Burma Government Medical School reports 1923-41
Year: 1923
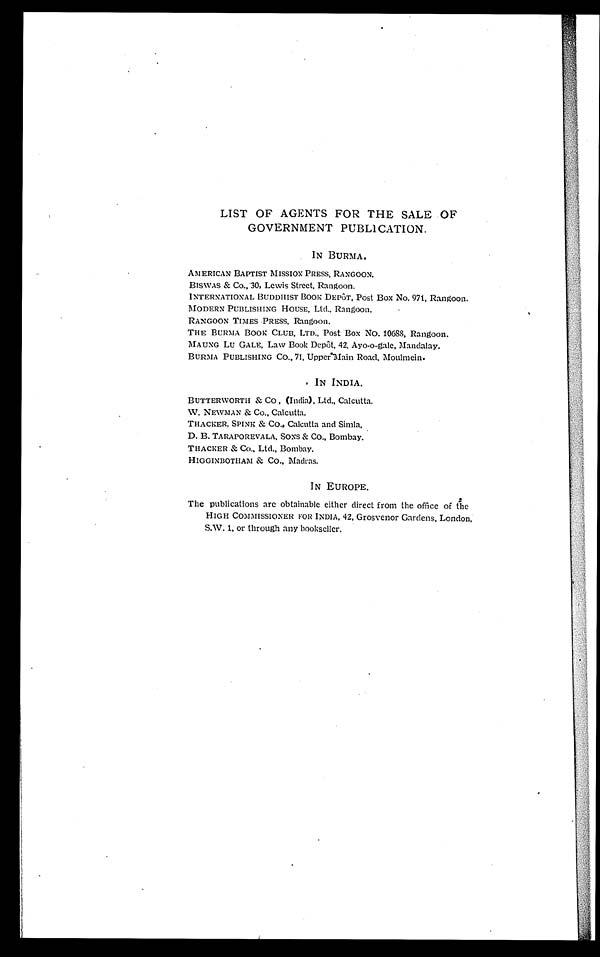
LIST OF AGENTS FOR THE SALE OF
GOVERNMENT PUBLICATION.
IN BURMA.
AMERICAN BAPTIST MISSION PRESS, RANGOON.
BISWAS & Co. , 30, Lewis Street, Rangoon.
INTERNATIONAL BUDDHIST BOOK DEPôT, Post Box No. 971, Rangoon.
MODERN PUBLISHING HOUSE, Ltd. , Rangoon.
RANGOON TIMES PRESS, Rangoon.
THE BURMA BooK CLUB, LTD. , Post Box No. 10688, Rangoon.
MAUNG LU GALE, Law Book Depôt, 42, Ayo-o-gal e, Mandal ay.
BURMA PUBLISHING Co. , 71, Upper Main Road, Moulmein.
IN INDIA.
BUTTERWORTH & CO, (India), Ltd. , Calcutta.
W. NEWMAN & Co. , Calcutta.
THACKER, SPINE & Co. , Calcutta and Simla,
D. B. TARAPOREVALA, SONS CO. , Bombay.
THACKER Co., Ltd., Bombay.
HIGGINBOTHAM & CO., Madras.
IN EUROPE.
The publications are obtainable either direct from the office of the
HIGH COMMISSIONER FOR INDIA, 42, Grosvenor Gardens, London,
S.W. 1, or through any bookseller,